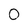
Character: 0